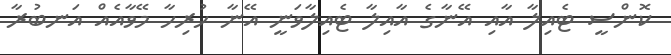
ކޮންސީ ޓެއިލާ އާއި އޭނާގެ އާއިލާ ޓެއިލާވަނީ އޭނާ ހުރިހާ މޭވާއެއް އަނބުރާ